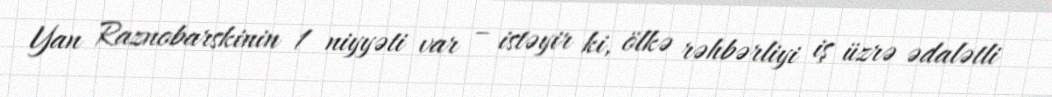
Yan Raznobarskinin 1 niyyəti var – istəyir ki, ölkə rəhbərliyi iş üzrə ədalətli